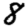
Digit: 8